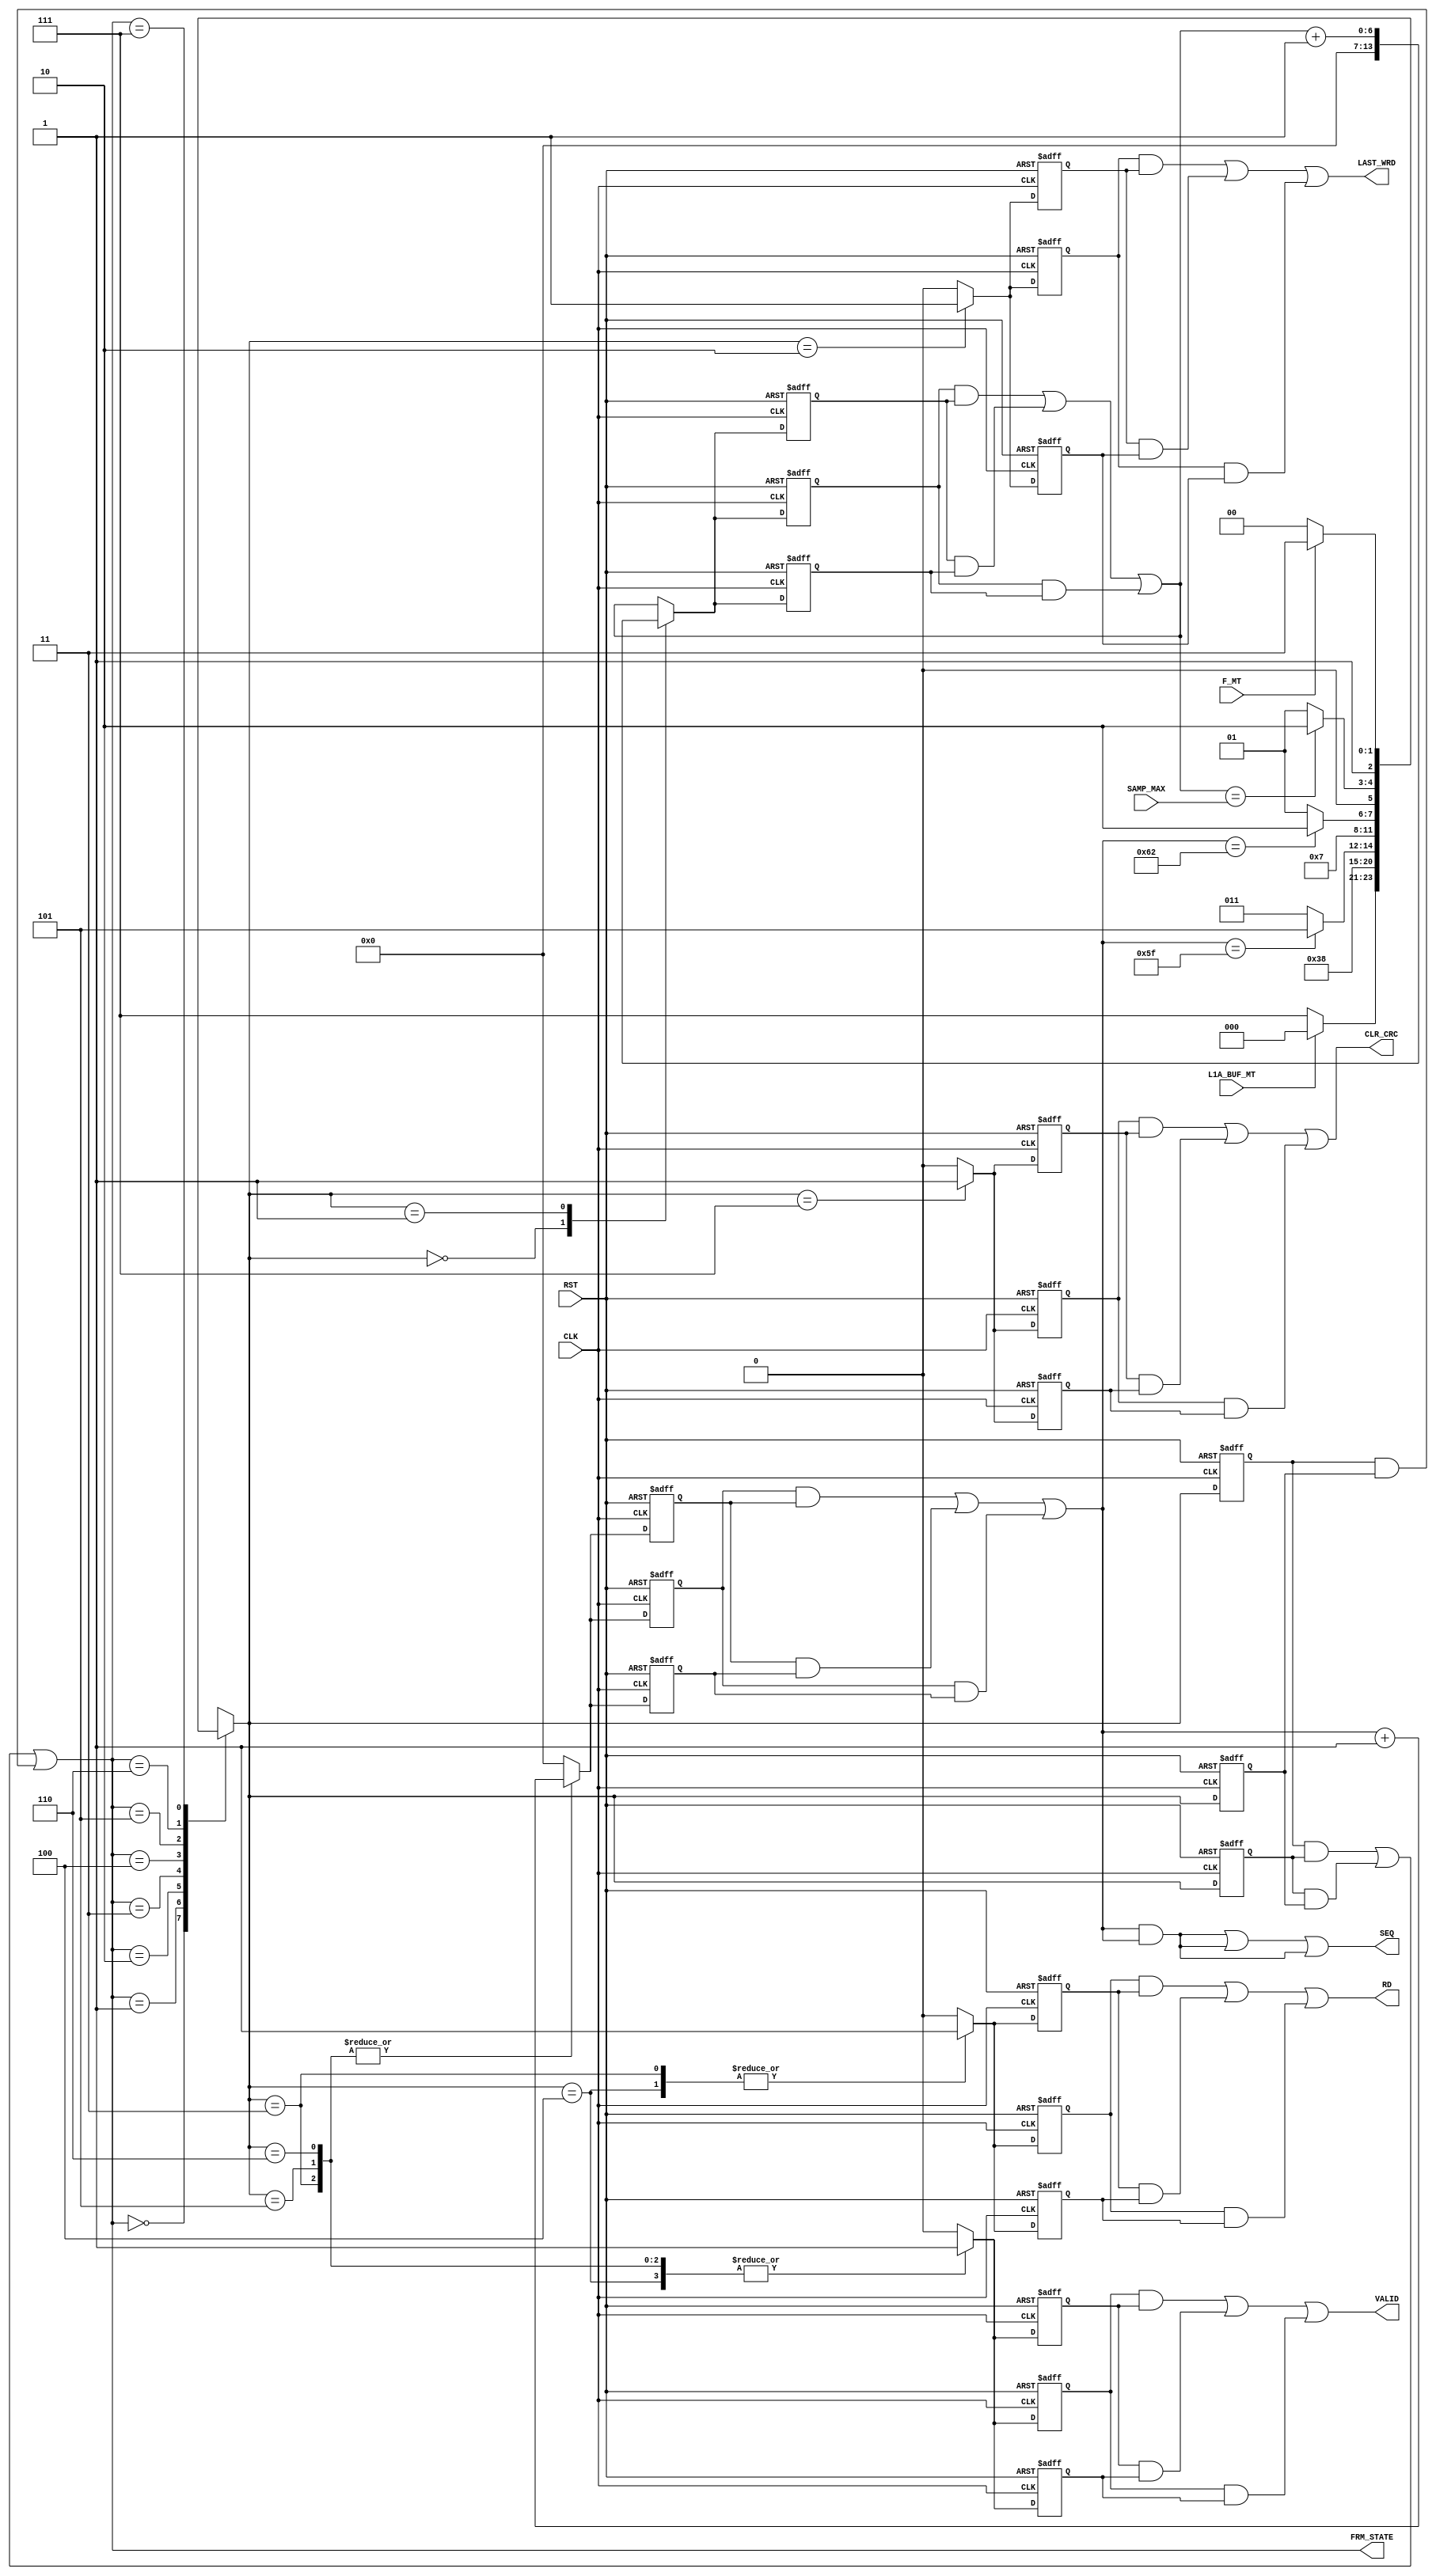

// Created by fizzim_tmr.pl version $Revision: 4.44 on 2021:03:08 at 16:55:59 (www.fizzim.com)

module ChnLnk_Frame_SampMax_FSM_TMR (
  output CLR_CRC,
  output LAST_WRD,
  output RD,
  output wire [6:0] SEQ,
  output VALID,
  output wire [2:0] FRM_STATE,
  input CLK,
  input F_MT,
  input L1A_BUF_MT,
  input RST,
  input wire [6:0] SAMP_MAX 
);

  // state bits
  parameter 
  Idle        = 3'b000, 
  Inc_Samp    = 3'b001, 
  Last_Word   = 3'b010, 
  Read        = 3'b011, 
  Strt_Sample = 3'b100, 
  Tail        = 3'b101, 
  Tail_End    = 3'b110, 
  W4Data      = 3'b111; 

  (* syn_preserve = "true" *) reg [2:0] state_1;
  (* syn_preserve = "true" *) reg [2:0] state_2;
  (* syn_preserve = "true" *) reg [2:0] state_3;

  (* syn_keep = "true" *) wire [2:0] voted_state_1;
  (* syn_keep = "true" *) wire [2:0] voted_state_2;
  (* syn_keep = "true" *) wire [2:0] voted_state_3;

  assign voted_state_1    = (state_1    & state_2   ) | (state_2    & state_3   ) | (state_1    & state_3   ); // Majority logic
  assign voted_state_2    = (state_1    & state_2   ) | (state_2    & state_3   ) | (state_1    & state_3   ); // Majority logic
  assign voted_state_3    = (state_1    & state_2   ) | (state_2    & state_3   ) | (state_1    & state_3   ); // Majority logic

  assign FRM_STATE = voted_state_1;

  (* syn_keep = "true" *) reg [2:0] nextstate_1;
  (* syn_keep = "true" *) reg [2:0] nextstate_2;
  (* syn_keep = "true" *) reg [2:0] nextstate_3;


  (* syn_preserve = "true" *)  reg CLR_CRC_1;
  (* syn_preserve = "true" *)  reg CLR_CRC_2;
  (* syn_preserve = "true" *)  reg CLR_CRC_3;
  (* syn_preserve = "true" *)  reg LAST_WRD_1;
  (* syn_preserve = "true" *)  reg LAST_WRD_2;
  (* syn_preserve = "true" *)  reg LAST_WRD_3;
  (* syn_preserve = "true" *)  reg RD_1;
  (* syn_preserve = "true" *)  reg RD_2;
  (* syn_preserve = "true" *)  reg RD_3;
  (* syn_preserve = "true" *)  reg [6:0] SEQ_1;
  (* syn_preserve = "true" *)  reg [6:0] SEQ_2;
  (* syn_preserve = "true" *)  reg [6:0] SEQ_3;
  (* syn_preserve = "true" *)  reg VALID_1;
  (* syn_preserve = "true" *)  reg VALID_2;
  (* syn_preserve = "true" *)  reg VALID_3;
  (* syn_preserve = "true" *)  reg [6:0] seqn_1;
  (* syn_preserve = "true" *)  reg [6:0] seqn_2;
  (* syn_preserve = "true" *)  reg [6:0] seqn_3;
  (* syn_keep = "true" *)      wire [6:0] voted_seqn_1;
  (* syn_keep = "true" *)      wire [6:0] voted_seqn_2;
  (* syn_keep = "true" *)      wire [6:0] voted_seqn_3;
  (* syn_preserve = "true" *)  reg [6:0] smp_1;
  (* syn_preserve = "true" *)  reg [6:0] smp_2;
  (* syn_preserve = "true" *)  reg [6:0] smp_3;
  (* syn_keep = "true" *)      wire [6:0] voted_smp_1;
  (* syn_keep = "true" *)      wire [6:0] voted_smp_2;
  (* syn_keep = "true" *)      wire [6:0] voted_smp_3;

  // Assignment of outputs and flags to voted majority logic of replicated registers
  assign CLR_CRC  = (CLR_CRC_1  & CLR_CRC_2 ) | (CLR_CRC_2  & CLR_CRC_3 ) | (CLR_CRC_1  & CLR_CRC_3 ); // Majority logic
  assign LAST_WRD = (LAST_WRD_1 & LAST_WRD_2) | (LAST_WRD_2 & LAST_WRD_3) | (LAST_WRD_1 & LAST_WRD_3); // Majority logic
  assign RD       = (RD_1       & RD_2      ) | (RD_2       & RD_3      ) | (RD_1       & RD_3      ); // Majority logic
  assign SEQ      = (SEQ_1      & SEQ_2     ) | (SEQ_2      & SEQ_3     ) | (SEQ_1      & SEQ_3     ); // Majority logic
  assign VALID    = (VALID_1    & VALID_2   ) | (VALID_2    & VALID_3   ) | (VALID_1    & VALID_3   ); // Majority logic
  assign voted_seqn_1     = (seqn_1     & seqn_2    ) | (seqn_2     & seqn_3    ) | (seqn_1     & seqn_3    ); // Majority logic
  assign voted_seqn_2     = (seqn_1     & seqn_2    ) | (seqn_2     & seqn_3    ) | (seqn_1     & seqn_3    ); // Majority logic
  assign voted_seqn_3     = (seqn_1     & seqn_2    ) | (seqn_2     & seqn_3    ) | (seqn_1     & seqn_3    ); // Majority logic
  assign voted_smp_1      = (smp_1      & smp_2     ) | (smp_2      & smp_3     ) | (smp_1      & smp_3     ); // Majority logic
  assign voted_smp_2      = (smp_1      & smp_2     ) | (smp_2      & smp_3     ) | (smp_1      & smp_3     ); // Majority logic
  assign voted_smp_3      = (smp_1      & smp_2     ) | (smp_2      & smp_3     ) | (smp_1      & smp_3     ); // Majority logic

  // Assignment of error detection logic to replicated signals

  // comb always block
  always @* begin
    nextstate_1 = 3'bxxx; // default to x because default_state_is_x is set
    nextstate_2 = 3'bxxx; // default to x because default_state_is_x is set
    nextstate_3 = 3'bxxx; // default to x because default_state_is_x is set
    SEQ_1 = voted_seqn_1; // default
    SEQ_2 = voted_seqn_2; // default
    SEQ_3 = voted_seqn_3; // default
    case (voted_state_1)
      Idle       : if (!L1A_BUF_MT)              nextstate_1 = W4Data;
                   else                          nextstate_1 = Idle;
      Inc_Samp   :                               nextstate_1 = W4Data;
      Last_Word  :                               nextstate_1 = Idle;
      Read       : if (voted_seqn_1 == 7'd95)    nextstate_1 = Tail;
                   else                          nextstate_1 = Read;
      Strt_Sample:                               nextstate_1 = Read;
      Tail       : if (voted_seqn_1 == 7'd98)    nextstate_1 = Tail_End;
                   else                          nextstate_1 = Tail;
      Tail_End   : if (voted_smp_1 == SAMP_MAX)  nextstate_1 = Last_Word;
                   else                          nextstate_1 = Inc_Samp;
      W4Data     : if (!F_MT)                    nextstate_1 = Strt_Sample;
                   else                          nextstate_1 = W4Data;
    endcase
    case (voted_state_2)
      Idle       : if (!L1A_BUF_MT)              nextstate_2 = W4Data;
                   else                          nextstate_2 = Idle;
      Inc_Samp   :                               nextstate_2 = W4Data;
      Last_Word  :                               nextstate_2 = Idle;
      Read       : if (voted_seqn_2 == 7'd95)    nextstate_2 = Tail;
                   else                          nextstate_2 = Read;
      Strt_Sample:                               nextstate_2 = Read;
      Tail       : if (voted_seqn_2 == 7'd98)    nextstate_2 = Tail_End;
                   else                          nextstate_2 = Tail;
      Tail_End   : if (voted_smp_2 == SAMP_MAX)  nextstate_2 = Last_Word;
                   else                          nextstate_2 = Inc_Samp;
      W4Data     : if (!F_MT)                    nextstate_2 = Strt_Sample;
                   else                          nextstate_2 = W4Data;
    endcase
    case (voted_state_3)
      Idle       : if (!L1A_BUF_MT)              nextstate_3 = W4Data;
                   else                          nextstate_3 = Idle;
      Inc_Samp   :                               nextstate_3 = W4Data;
      Last_Word  :                               nextstate_3 = Idle;
      Read       : if (voted_seqn_3 == 7'd95)    nextstate_3 = Tail;
                   else                          nextstate_3 = Read;
      Strt_Sample:                               nextstate_3 = Read;
      Tail       : if (voted_seqn_3 == 7'd98)    nextstate_3 = Tail_End;
                   else                          nextstate_3 = Tail;
      Tail_End   : if (voted_smp_3 == SAMP_MAX)  nextstate_3 = Last_Word;
                   else                          nextstate_3 = Inc_Samp;
      W4Data     : if (!F_MT)                    nextstate_3 = Strt_Sample;
                   else                          nextstate_3 = W4Data;
    endcase
  end

  // Assign reg'd outputs to state bits

  // sequential always block
  always @(posedge CLK or posedge RST) begin
    if (RST) begin
      state_1 <= Idle;
      state_2 <= Idle;
      state_3 <= Idle;
    end
    else begin
      state_1 <= nextstate_1;
      state_2 <= nextstate_2;
      state_3 <= nextstate_3;
    end
  end

  // datapath sequential always block
  always @(posedge CLK or posedge RST) begin
    if (RST) begin
      CLR_CRC_1 <= 0;
      CLR_CRC_2 <= 0;
      CLR_CRC_3 <= 0;
      LAST_WRD_1 <= 0;
      LAST_WRD_2 <= 0;
      LAST_WRD_3 <= 0;
      RD_1 <= 0;
      RD_2 <= 0;
      RD_3 <= 0;
      VALID_1 <= 0;
      VALID_2 <= 0;
      VALID_3 <= 0;
      seqn_1 <= 7'h00;
      seqn_2 <= 7'h00;
      seqn_3 <= 7'h00;
      smp_1 <= 7'h00;
      smp_2 <= 7'h00;
      smp_3 <= 7'h00;
    end
    else begin
      CLR_CRC_1 <= 0; // default
      CLR_CRC_2 <= 0; // default
      CLR_CRC_3 <= 0; // default
      LAST_WRD_1 <= 0; // default
      LAST_WRD_2 <= 0; // default
      LAST_WRD_3 <= 0; // default
      RD_1 <= 0; // default
      RD_2 <= 0; // default
      RD_3 <= 0; // default
      VALID_1 <= 0; // default
      VALID_2 <= 0; // default
      VALID_3 <= 0; // default
      seqn_1 <= 7'h00; // default
      seqn_2 <= 7'h00; // default
      seqn_3 <= 7'h00; // default
      smp_1 <= voted_smp_1; // default
      smp_2 <= voted_smp_2; // default
      smp_3 <= voted_smp_3; // default
      case (nextstate_1)
        Idle       :        smp_1 <= 7'h00;
        Inc_Samp   :        smp_1 <= voted_smp_1 + 1;
        Last_Word  :        LAST_WRD_1 <= 1;
        Read       : begin
                            RD_1 <= 1;
                            VALID_1 <= 1;
                            seqn_1 <= voted_seqn_1 + 1;
        end
        Strt_Sample: begin
                            RD_1 <= 1;
                            VALID_1 <= 1;
        end
        Tail       : begin
                            VALID_1 <= 1;
                            seqn_1 <= voted_seqn_1 + 1;
        end
        Tail_End   : begin
                            VALID_1 <= 1;
                            seqn_1 <= voted_seqn_1 + 1;
        end
        W4Data     :        CLR_CRC_1 <= 1;
      endcase
      case (nextstate_2)
        Idle       :        smp_2 <= 7'h00;
        Inc_Samp   :        smp_2 <= voted_smp_2 + 1;
        Last_Word  :        LAST_WRD_2 <= 1;
        Read       : begin
                            RD_2 <= 1;
                            VALID_2 <= 1;
                            seqn_2 <= voted_seqn_2 + 1;
        end
        Strt_Sample: begin
                            RD_2 <= 1;
                            VALID_2 <= 1;
        end
        Tail       : begin
                            VALID_2 <= 1;
                            seqn_2 <= voted_seqn_2 + 1;
        end
        Tail_End   : begin
                            VALID_2 <= 1;
                            seqn_2 <= voted_seqn_2 + 1;
        end
        W4Data     :        CLR_CRC_2 <= 1;
      endcase
      case (nextstate_3)
        Idle       :        smp_3 <= 7'h00;
        Inc_Samp   :        smp_3 <= voted_smp_3 + 1;
        Last_Word  :        LAST_WRD_3 <= 1;
        Read       : begin
                            RD_3 <= 1;
                            VALID_3 <= 1;
                            seqn_3 <= voted_seqn_3 + 1;
        end
        Strt_Sample: begin
                            RD_3 <= 1;
                            VALID_3 <= 1;
        end
        Tail       : begin
                            VALID_3 <= 1;
                            seqn_3 <= voted_seqn_3 + 1;
        end
        Tail_End   : begin
                            VALID_3 <= 1;
                            seqn_3 <= voted_seqn_3 + 1;
        end
        W4Data     :        CLR_CRC_3 <= 1;
      endcase
    end
  end

  // This code allows you to see state names in simulation
  `ifndef SYNTHESIS
  reg [87:0] statename;
  always @* begin
    case (state_1)
      Idle       : statename = "Idle";
      Inc_Samp   : statename = "Inc_Samp";
      Last_Word  : statename = "Last_Word";
      Read       : statename = "Read";
      Strt_Sample: statename = "Strt_Sample";
      Tail       : statename = "Tail";
      Tail_End   : statename = "Tail_End";
      W4Data     : statename = "W4Data";
      default    : statename = "XXXXXXXXXXX";
    endcase
  end
  `endif

endmodule